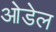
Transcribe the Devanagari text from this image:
ओडेल